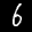
Label: 6